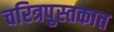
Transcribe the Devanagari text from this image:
चरित्रपुस्तकात